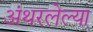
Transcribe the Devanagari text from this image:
अंथरलेल्या